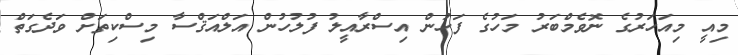
މިއީ މިއަހަރުގެ ނޮވެމްބަރު މަހުގެ ފަހުން އިސްރާއީލު ފުލުހުން އަލްއަޤްސާ މިސްކިތަށް ވަދެގަތް